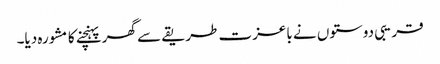
قریبی دوستوں نے باعزت طریقے سے گھر پہنچنے کا مشورہ دیا۔